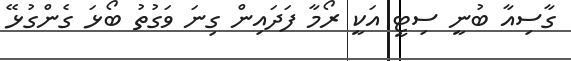
ގާސިއާ ބުނީ ސިޓީ އަކީ ރޯމާ ފަދައިން ގިނަ ވަގުތު ބޯޅަ ގެންގުޅޭ